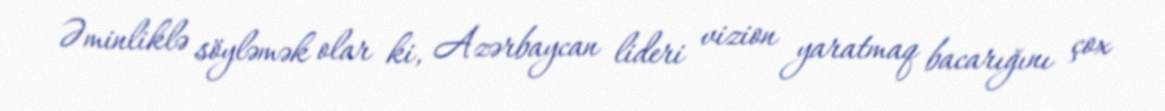
Əminliklə söyləmək olar ki, Azərbaycan lideri vizion yaratmaq bacarığını çox